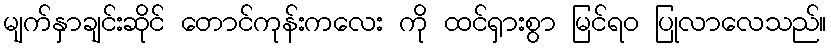
မျက်နှာချင်းဆိုင် တောင်ကုန်းကလေး ကို ထင်ရှားစွာ မြင်ရဝ ပြုလာလေသည်။